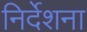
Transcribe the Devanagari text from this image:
निर्देशना